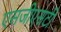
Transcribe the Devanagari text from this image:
एसजीएसटी